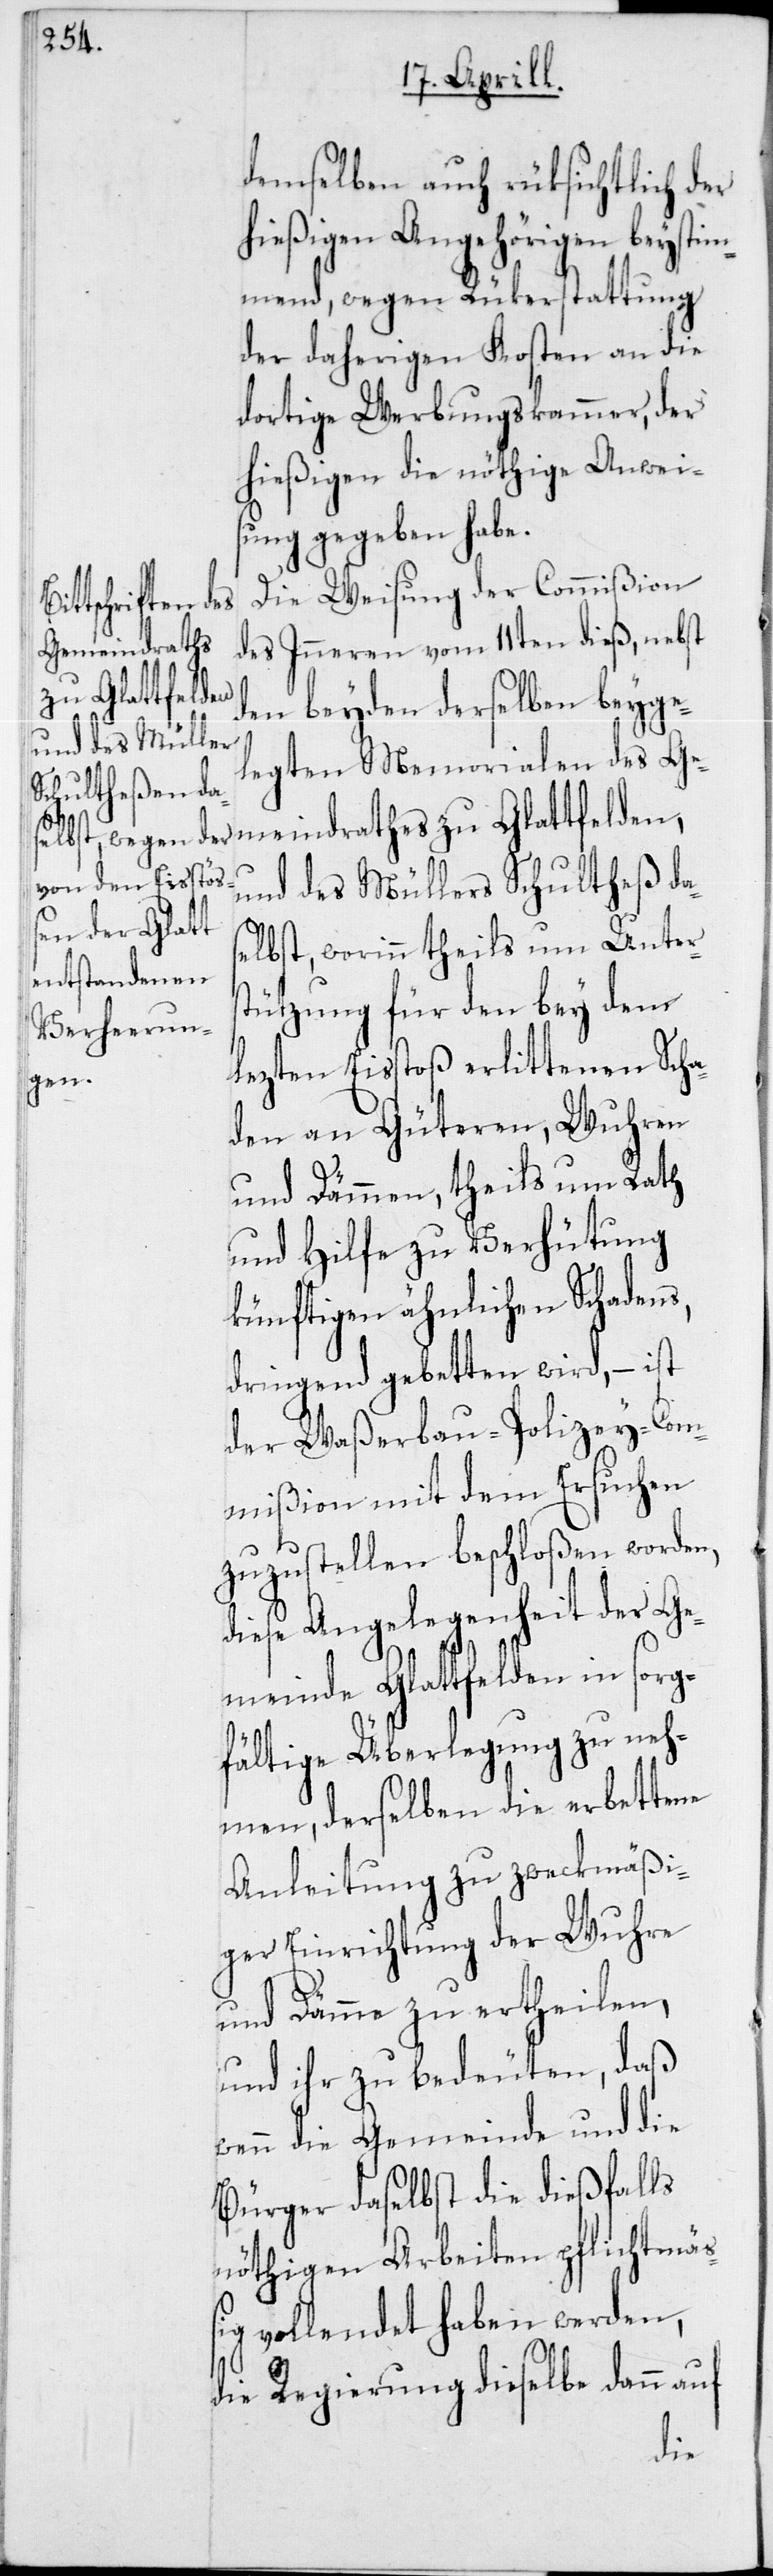
demselben auch rüksichtlich der
hießigen Angehörigen beystim¬
mend, wegen Rükerstattung
der daherigen Kosten an die
dortige Werbungskammer, der
hießigen die nöthige Anweis¬
ung gegeben habe.
Die Weisung der Commißion
des Inneren vom 11ten dieß, nebst
den beyden derselben beyge¬
legten Memorialen des Ge¬
meindrathes zu Glattfelden,
und des Müllers Schultheß da¬
selbst, worinn theils um Unter¬
stützung für den bey dem
lezten Eisstoß erlittenen Scha¬
den an Güteren, Wuhren
und Dämmen, theils um Rath
und Hilfe zu Verhütung
künftigen ähnlichen Schadens,
dringend gebetten wird, – ist
der Waßerbau-Polizey-Com¬
mißion mit dem Ersuchen
zuzustellen beschloßen worden,
diese Angelegenheit der Ge¬
meinde Glattfelden in sorg¬
fältige Überlegung zu neh¬
men, derselben die erbettene
Anleitung zu zweckmäßi¬
ger Einrichtung der Wuhre
und Dämme zu ertheilen,
und ihr zu bedeuten, daß
wenn die Gemeinde und die
Bürger daselbst die dießfalls
nöthigen Arbeiten pflichtmäß¬
ig vollendet haben werden,
die Regierung dieselbe dann auf